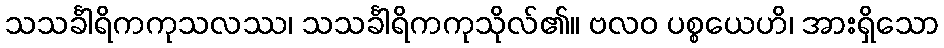
သသင်္ခါရိကကုသလဿ၊ သသင်္ခါရိကကုသိုလ်၏။ ဗလဝ ပစ္စယေဟိ၊ အားရှိသော